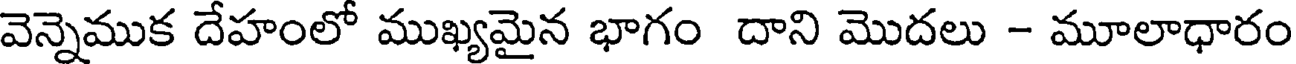
వెన్నెముక దేహంలో ముఖ్యమైన భాగం దాని మొదలు - మూలాధారం